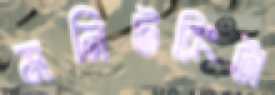
মনিটরিংটা